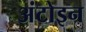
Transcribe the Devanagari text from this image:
अंटोइन